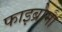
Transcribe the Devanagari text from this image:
फाइब्रोमा